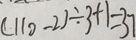
( 1 1 0 - 2 ) \div 3 + 1 = 3 7